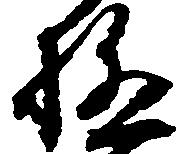
極